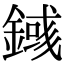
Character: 𨪎